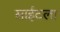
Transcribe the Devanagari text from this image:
साईटला